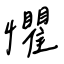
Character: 懼